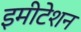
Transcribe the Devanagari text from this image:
इमीटेशन